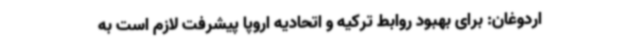
اردوغان: برای بهبود روابط ترکیه و اتحادیه اروپا پیشرفت لازم است به